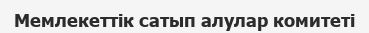
Мемлекеттік сатып алулар комитеті